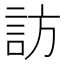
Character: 訪